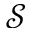
\mathcal { S }